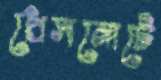
প্রেসনোটে